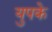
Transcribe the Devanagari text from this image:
युपके